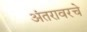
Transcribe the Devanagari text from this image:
अंतरावरचे